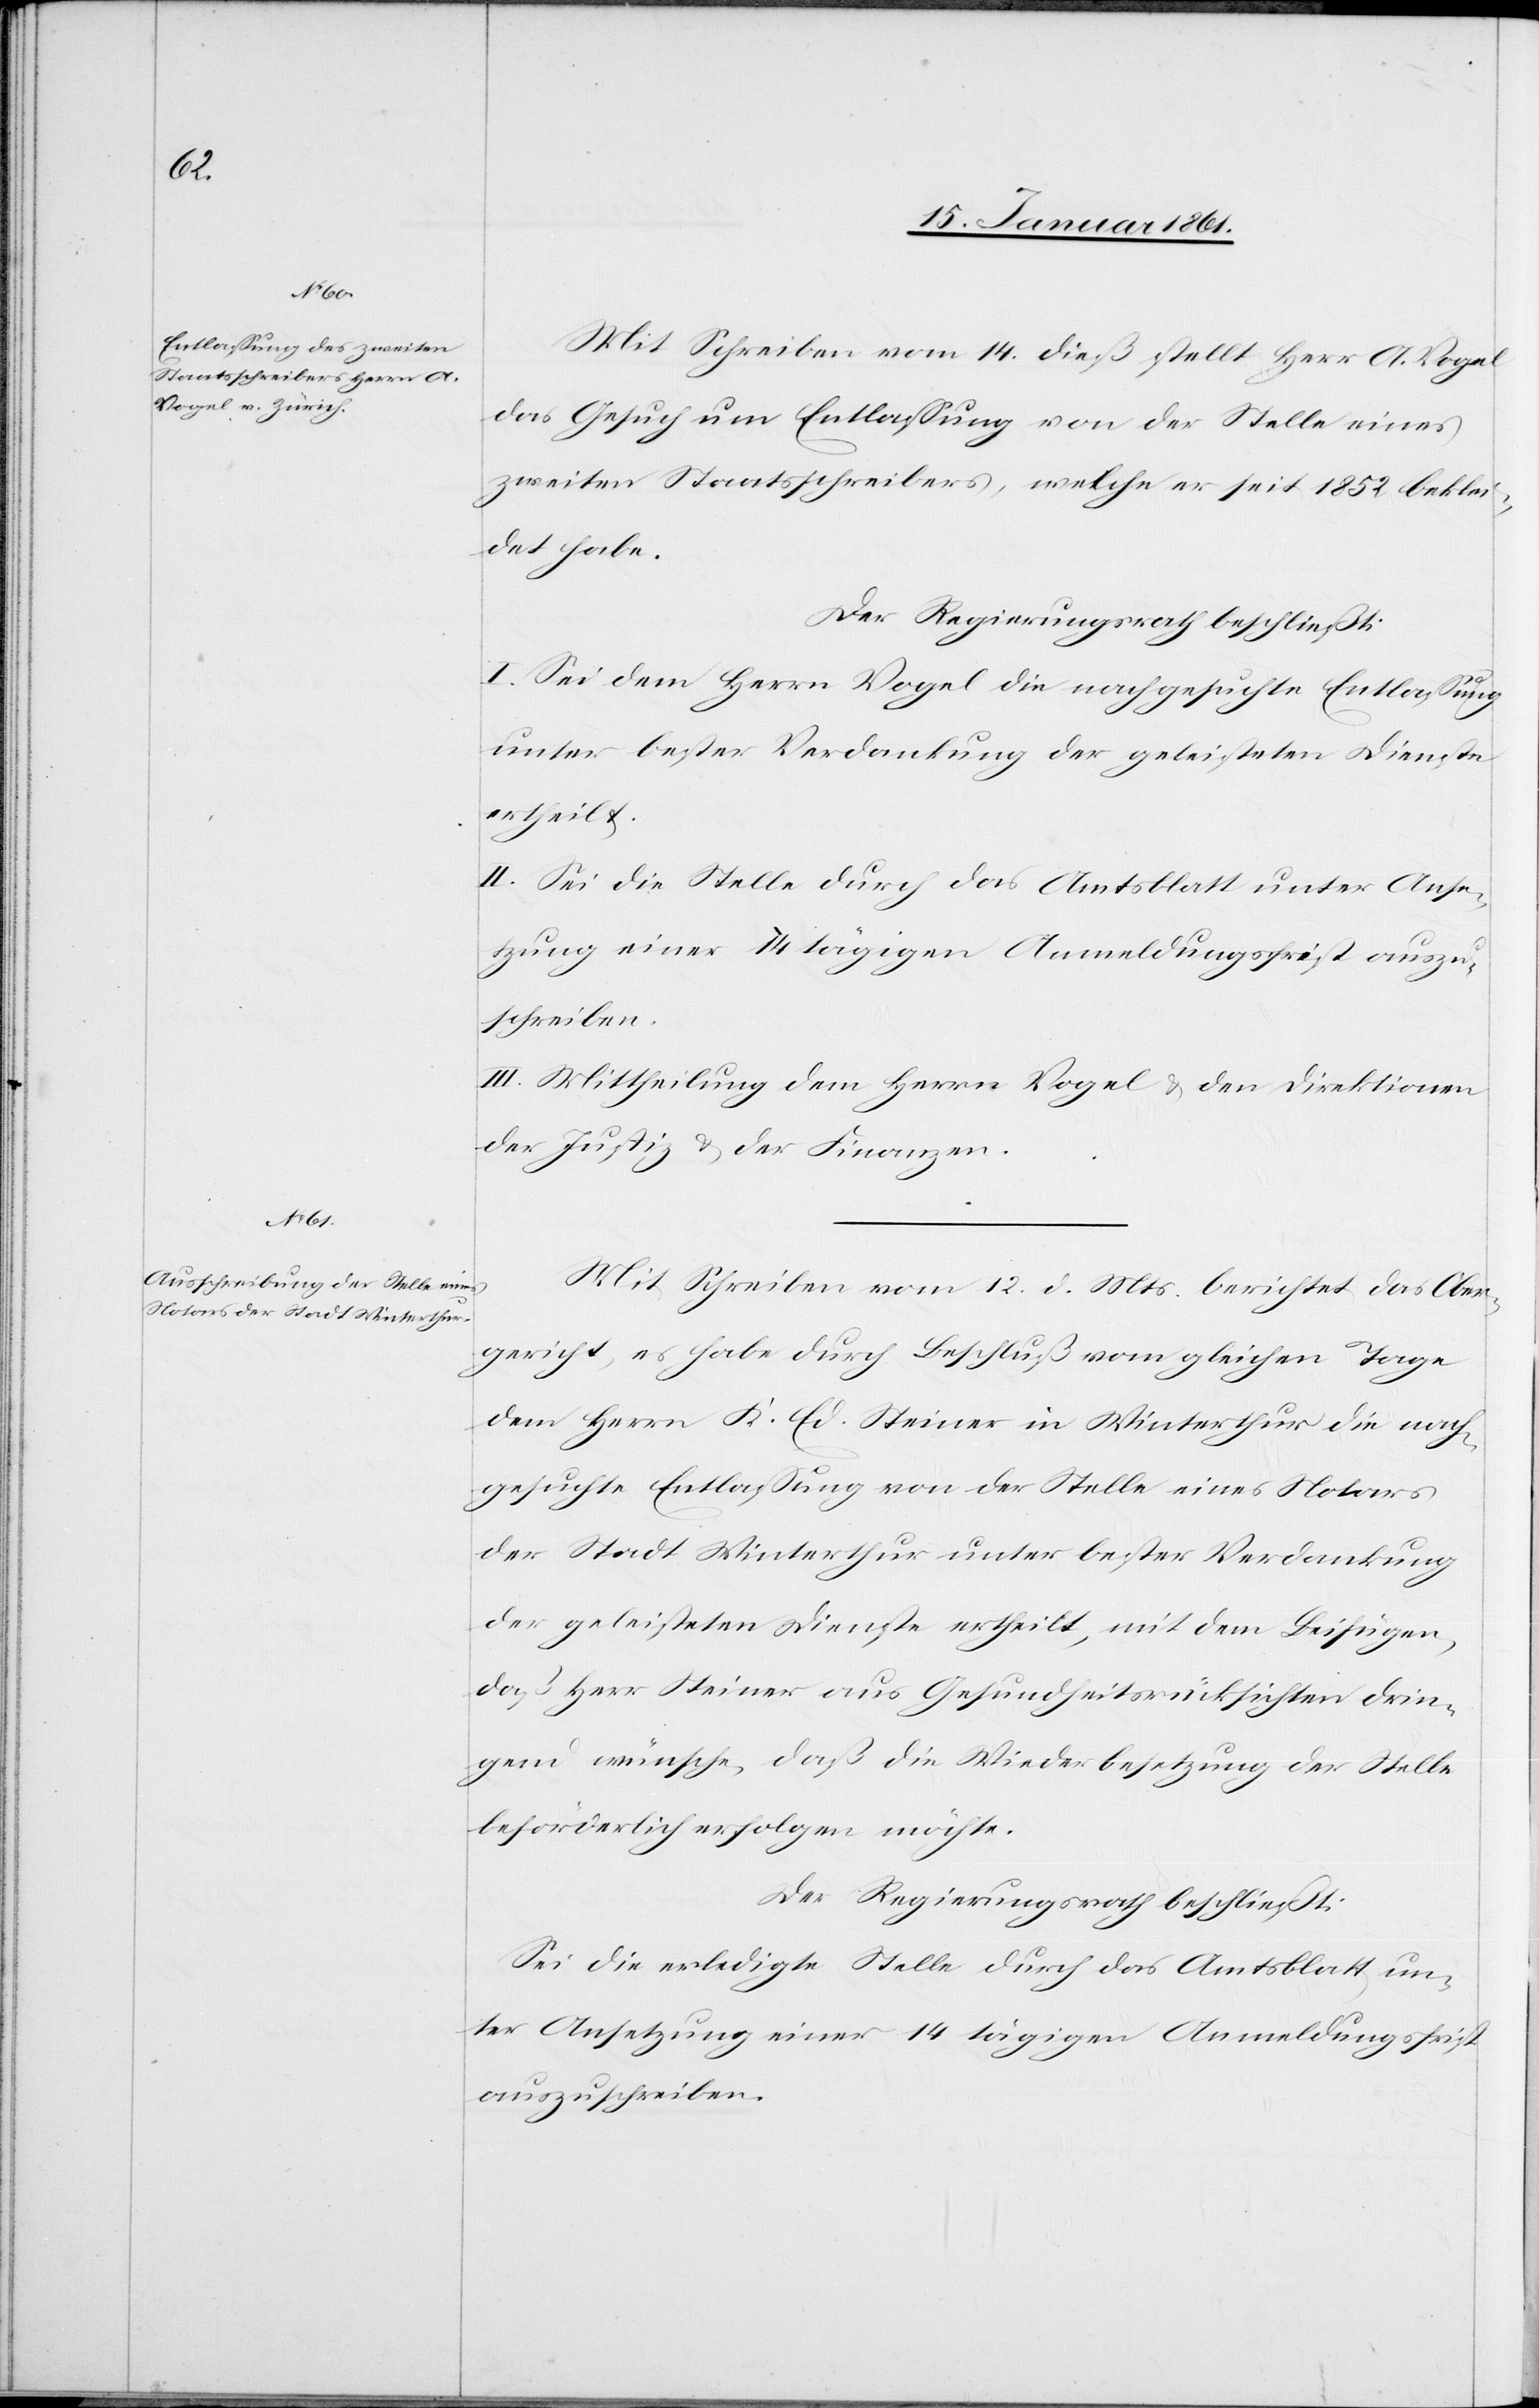
Mit Schreiben vom 14. dieß stellt Herr A. Vogel
das Gesuch um Entlassung von der Stelle eines
zweiten Staatsschreibers, welche er seit 1852 beklei¬
det habe.
Der Regierungsrath beschließt:
I. Sei dem Herrn Vogel die nachgesuchte Entlassung
unter bester Verdankung der geleisteten Dienste
ertheilt.
II. Sei die Stelle durch das Amtsblatt unter Anse¬
tzung einer 14 tägigen Anmeldungsfrist auszu¬
schreiben.
III. Mittheilung dem Herrn Vogel u. den Direktionen
der Justiz u. der Finanzen.
Mit Schreiben vom 12. d. Mts. berichtet das Ober¬
gericht, es habe durch Beschluß vom gleichen Tage
dem Herrn K. Ed. Steiner in Winterthur die nach¬
gesuchte Entlassung von der Stelle eines Notars
der Stadt Winterthur unter bester Verdankung
der geleisteten Dienste ertheilt, mit dem Beifügen,
daß Herr Steiner aus Gesundheitsrücksichten drin¬
gend wünsche, daß die Wiederbesetzung der Stelle
beförderlich erfolgen möchte.
Sei die erledigte Stelle durch das Amtsblatt un¬
ter Ansetzung einer 14 tägigen Anmeldungsfrist
auszuschreiben.